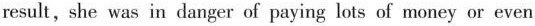
result, she was in danger of paying lots of money or even